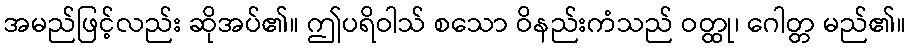
အမည်ဖြင့်လည်း ဆိုအပ်၏။ ဤပရိဝါသ် စသော ဝိနည်းကံသည် ဝတ္ထု၊ ဂေါတ္တ မည်၏။